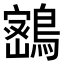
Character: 𪄋